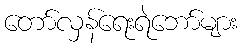
တော်လှန်ရေးရဲဘော်များ